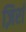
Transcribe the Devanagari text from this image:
ज़िर्रा